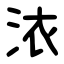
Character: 㳖